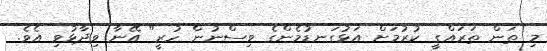
މި ތަން ތަރައްގީ ކުރުމަށް އަޅުގަނޑުމެންގެ ވިސްނުން ހުރީ" އޭނާ ވިދާޅުވި އެވެ.